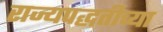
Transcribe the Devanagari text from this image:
राज्यपद्धतीच्या